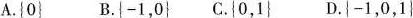
A.\{0\} B.\{-1\} C.\{0,1\} D.\{-1,0,1\}